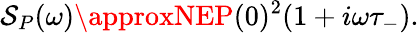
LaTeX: \mathcal{S}_{P}(\omega)\approxNEP(0)^{2}(1+i\omega\tau_{-}).